Report on vaccination in Madras 1904-1921 - 1904-1921
Year: 1904
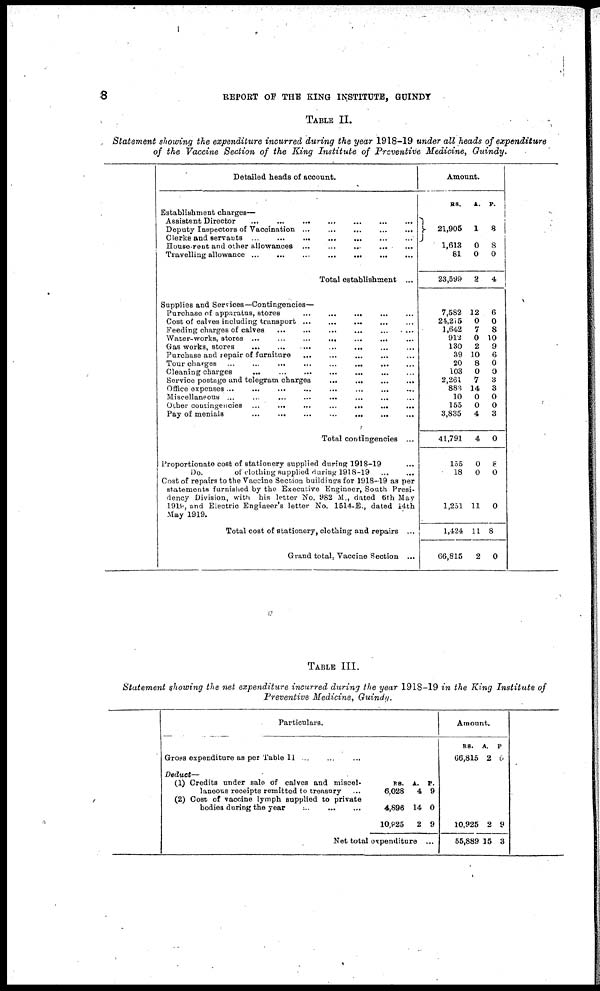
8
REPORT OF THE KING INSTITUTE, GUINDY
TABLE II.
Statement showing the expenditure incurred during the year 1918-19 under all heads of expenditure
of the Vaccine Section of the King Institute of Preventive Medicine, Guindy.
Detailed heads of account.
Establishment charges—
Assistant Director
...
...
...
...
...
...
...
Deputy Inspectors of Vaccination
...
...
...
...
...
Clerks and servants
...
...
...
...
...
...
...
House-rent and other allowances
...
...
...
...
...
Travelling allowance
...
...
...
...
...
...
...
Total establishment ...
Supplies and Services—Contingencies—
Purchase of apparatus, stores
...
...
...
... ...
Cost of calves including transport
...
...
...
...
...
Feeding charges of calves
...
...
...
...
...
...
Water-works, stores
...
...
...
...
...
...
...
Gas works, stores
...
...
...
...
...
...
...
Purchase and repair of furniture ... ... ... ... ...
Tour charges ...
...
...
...
...
...
... ...
Cleaning charges
...
...
...
...
...
...
...
Service postage and telegram charges
...
...
...
...
Office expenses
...
...
...
...
...
...
...
...
Miscellaneous ...
...
...
...
...
...
... ...
Other contingencies ...
...
...
...
...
...
...
Pay of menials
...
...
...
...
...
... ...
Total contingencies ...
Proportionate cost of stationery supplied during 1918-19
Do.
of clothing supplied during 1918-19
...
...
Cost of repairs to the Vaccine Section buildings for 1918-19 as per
statements furnished by the Executive Engineer, South Presi-
dency Division, with his letter No. 982 M., dated 6th May
1918, and Electric Engineer's letter No. 1514-E., dated i4th
May 1919.
Total cost of stationery, clothing and repairs ...
Grand total, Vaccine Section ...
Amount.
RS.
21,905
1,613
81
23,599
7,582
24,215
1,64,2
912
130
39
20
103
2,261
883
10
155
3,835
41,791
155
18
1,251
1,424
66,815
A.
1
0
0
2
12
0
7
0
2
10
8
0
7
14
0
0
4
4
0
0
11
11
2
P.
8
8
0
4
6
0
8
10
9
6
0
0
3
3
0
0
3
0
8
0
0
8
0
TABLE III.
Statement showing the net expenditure incurred during the year 1918-19 in the King Institute of
Preventive Medicine, Guindy.
Particulars.
Grops expenditure as per Table II ... ... ...
Deduct—
(1) Credits under sale of calves and miscel.
laneous receipts remitted to treasury ...
(2) Cost of vaccine lymph supplied to private
bodies during the year
...
...
RS.
6,028
4,896
10,825
A.
4
14
2
P.
9
0
9
Net total expenditure ...
Amount.
RS.
66,815
10,925
55,889
A.
2
2
15
P.
6
9
3